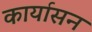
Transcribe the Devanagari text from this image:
कार्यासन